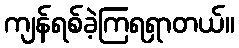
ကျန်ရစ်ခဲ့ကြရရှာတယ်။